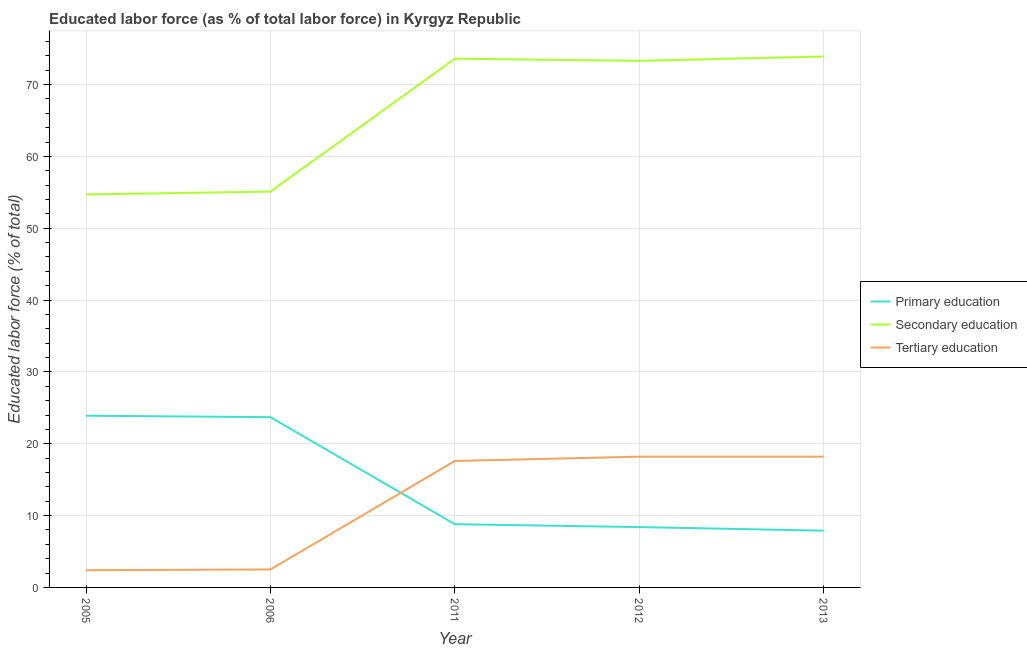
| Year | Primary education | Secondary education | Tertiary education |
 | --- | --- | --- | --- |
 | 2005 | 23.9 | 54.7 | 2.4 |
 | 2006 | 23.7 | 55.1 | 2.5 |
 | 2011 | 8.8 | 73.6 | 17.6 |
 | 2012 | 8.4 | 73.3 | 18.2 |
 | 2013 | 7.9 | 73.9 | 18.2 |